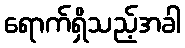
ရောက်ရှိသည့်အခါ